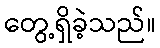
တွေ့ရှိခဲ့သည်။